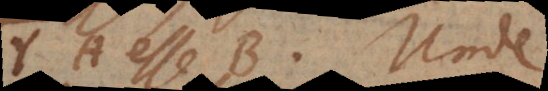
YA esse B. Unde